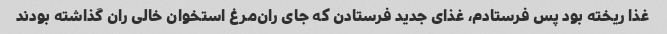
غذا ریخته بود پس فرستادم، غذای جدید فرستادن که جای ران‌مرغ استخوان خالی ران گذاشته بودند